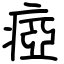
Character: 瘂